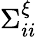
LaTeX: \Sigma_{ii}^{\xi}